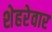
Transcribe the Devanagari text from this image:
शेहरेवार